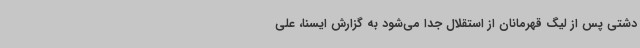
دشتی پس از لیگ قهرمانان از استقلال جدا می‌شود به گزارش ایسنا،‌ علی